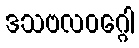
ဒသဗလဝဂ္ဂေါ